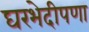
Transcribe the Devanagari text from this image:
घरभेदीपणा